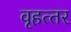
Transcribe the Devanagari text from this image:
वृहत्‍तर